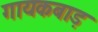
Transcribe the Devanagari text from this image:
गायकबाड़